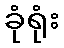
ခုံရုံး